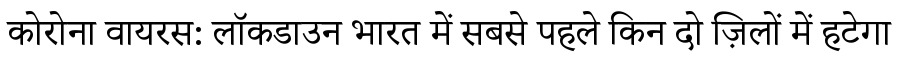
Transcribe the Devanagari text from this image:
कोरोना वायरस: लॉकडाउन भारत में सबसे पहले किन दो ज़िलों में हटेगा